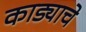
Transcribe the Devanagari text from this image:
काड्याचे